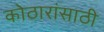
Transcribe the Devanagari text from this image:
कोठारांसाठी